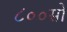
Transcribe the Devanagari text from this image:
८००सो